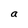
Character: a